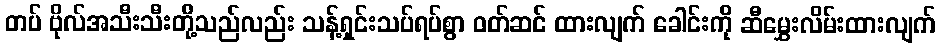
တပ် ဗိုလ်အသီးသီးတို့သည်လည်း သန့်ရှင်းသပ်ရပ်စွာ ဝတ်ဆင် ထားလျက် ခေါင်းကို ဆီမွှေးလိမ်းထားလျက်